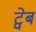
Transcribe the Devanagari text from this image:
ट्वेब